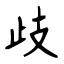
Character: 歧